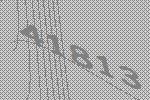
41813